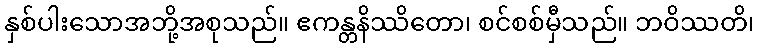
နှစ်ပါးသောအဘို့အစုသည်။ ဧကန္တနိဿိတော၊ စင်စစ်မှီသည်။ ဘဝိဿတိ၊